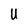
Character: U